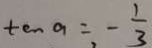
\tan a = - \frac { 1 } { 3 }